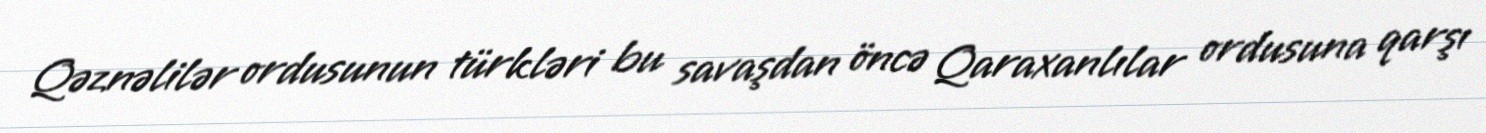
Qəznəlilər ordusunun türkləri bu savaşdan öncə Qaraxanlılar ordusuna qarşı